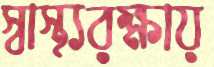
স্বাস্থ্যরক্ষায়